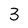
Character: 3